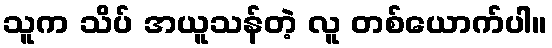
သူက သိပ် အယူသန်တဲ့ လူ တစ်ယောက်ပါ။